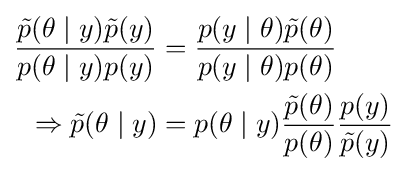
{\begin{aligned}{\frac {{\tilde {p}}(\theta \mid y){\tilde {p}}(y)}{p(\theta \mid y)p(y)}}&={\frac {p(y\mid \theta ){\tilde {p}}(\theta )}{p(y\mid \theta )p(\theta )}}\\\Rightarrow {\tilde {p}}(\theta \mid y)&=p(\theta \mid y){\frac {{\tilde {p}}(\theta )}{p(\theta )}}{\frac {p(y)}{{\tilde {p}}(y)}}\end{aligned}}